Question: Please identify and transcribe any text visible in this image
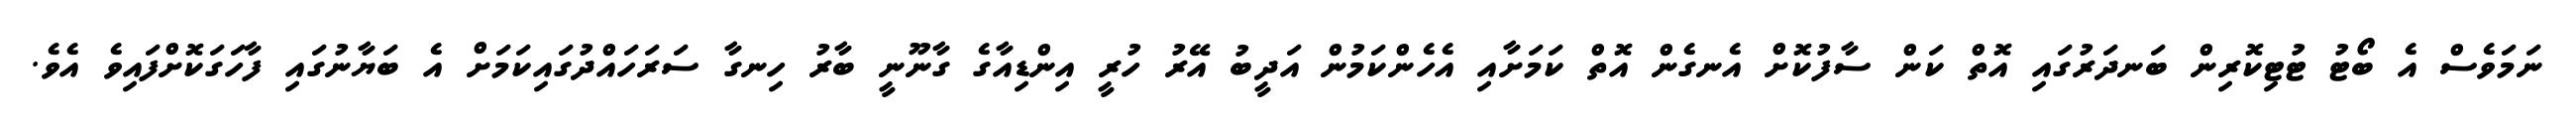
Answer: ނަމަވެސް އެ ބޯޓު ޓުޓިކޮރިން ބަނދަރުގައި އޮތް ކަން ސާފުކޮށް އެނގެން އޮތް ކަމަށާއި އެހެންކަމުން އަދީބު އޭރު ހުރީ އިންޑިއާގެ ގާނޫނީ ބާރު ހިނގާ ސަރަހައްދުގައިކަމަށް އެ ބަޔާނުގައި ފާހަގަކޮށްފައިވެ އެވެ.